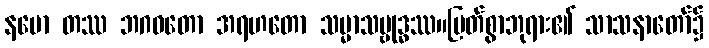
နမော တဿ ဘဂဝတော အရဟတော သမ္မာသမ္ဗုဒ္ဓဿ။မြတ်စွာဘုရား၏ သာသနာတော်၌